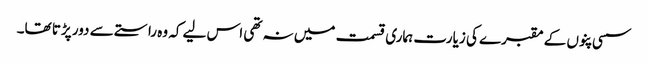
سسی پنوں کے مقبرے کی زیارت ہماری قسمت میں نہ تھی اس لیے کہ وہ راستے سے دور پڑتا تھا۔